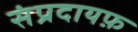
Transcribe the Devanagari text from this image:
संप्रदायफ़